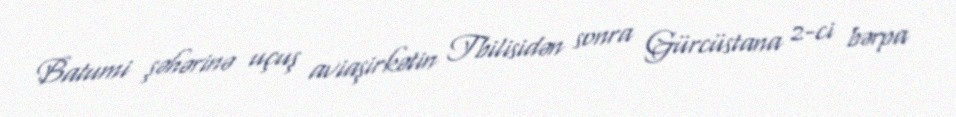
Batumi şəhərinə uçuş aviaşirkətin Tbilisidən sonra Gürcüstana 2-ci bərpa